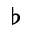
\flat